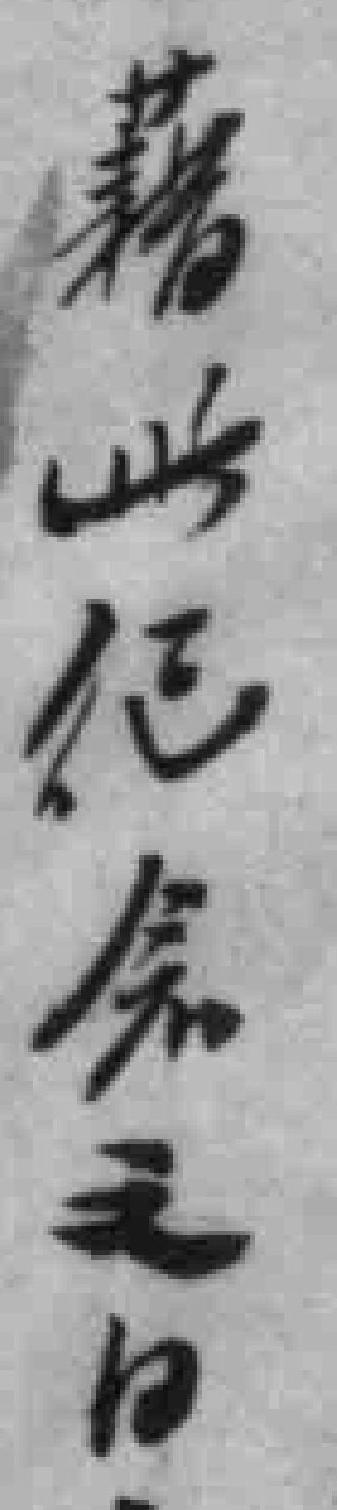
藉此纪念之日